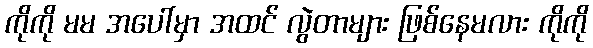
ကိုကို မမ အပေါ်မှာ အထင် လွဲတာများ ဖြစ်နေမလား ကိုကို